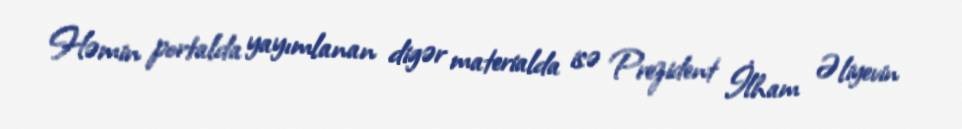
Həmin portalda yayımlanan digər materialda isə Prezident İlham Əliyevin